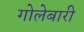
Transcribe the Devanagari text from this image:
गोलेबारी